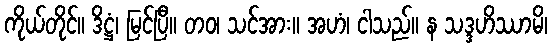
ကိုယ်တိုင်။ ဒိဋ္ဌံ၊ မြင်ပြီ။ တဝ၊ သင်အား။ အဟံ၊ ငါသည်။ န သဒ္ဒဟိဿာမိ၊